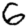
Digit: 6